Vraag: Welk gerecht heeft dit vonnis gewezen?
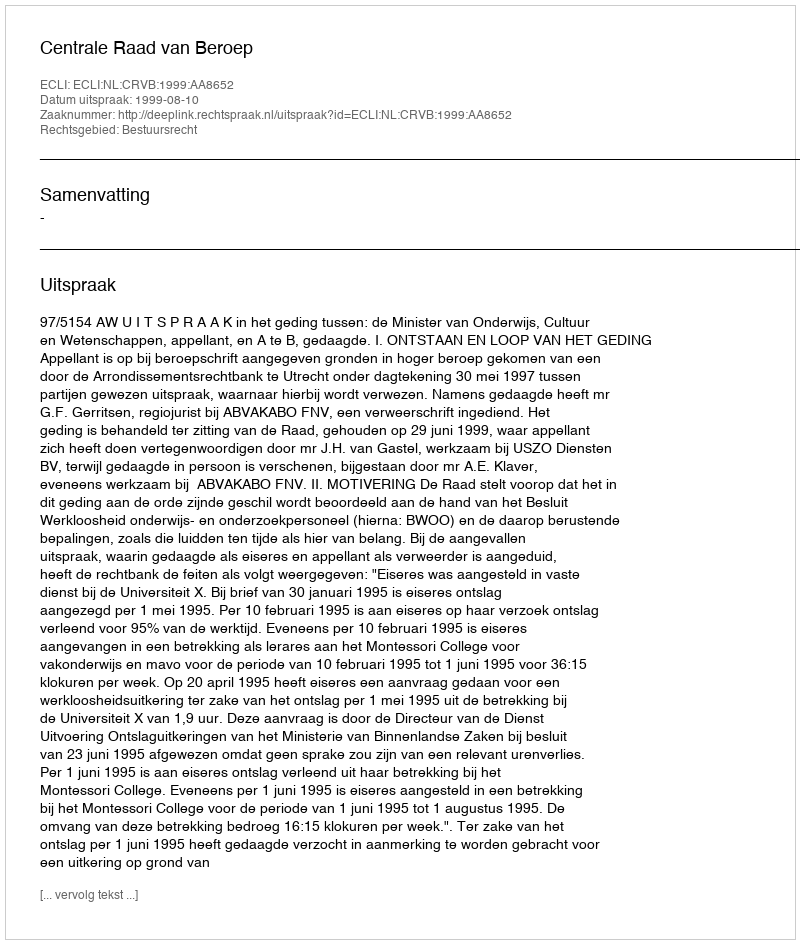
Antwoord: Centrale Raad van Beroep